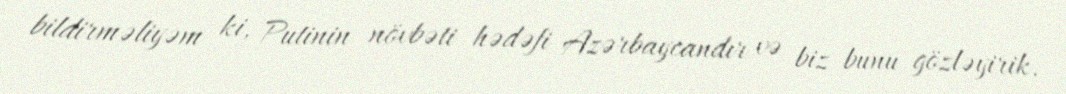
bildirməliyəm ki, Putinin növbəti hədəfi Azərbaycandır və biz bunu gözləyirik.